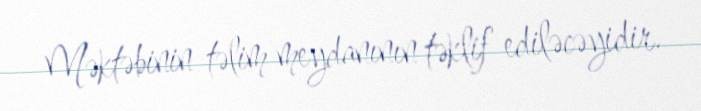
Məktəbinin təlim meydanının təklif ediləcəyidir.